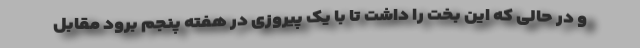
و در حالی که این بخت را داشت تا با یک پیروزی در هفته پنجم برود مقابل